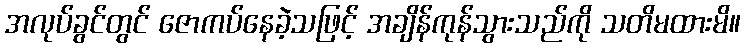
အလုပ်ခွင်တွင် ဇောကပ်နေခဲ့သဖြင့် အချိန်ကုန်သွားသည်ကို သတိမထားမိ။